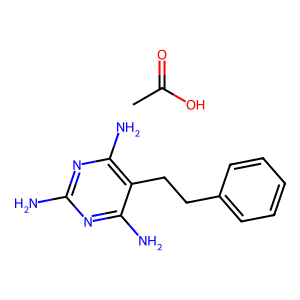
SMILES: CC(=O)O.Nc1nc(N)c(CCc2ccccc2)c(N)n1
Inhibits HIV replication: No